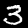
Digit: 3